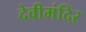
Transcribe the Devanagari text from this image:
देवीमंदिर